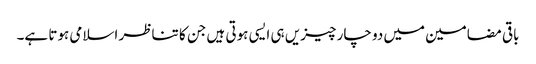
باقی مضامین میں دو چار چیزیں ہی ایسی ہوتی ہیں جن کا تناظر اسلامی ہوتا ہے۔